Civil Veterinary Dept. North-West Frontier Province 1901-22 - 1901-1922
Year: 1901
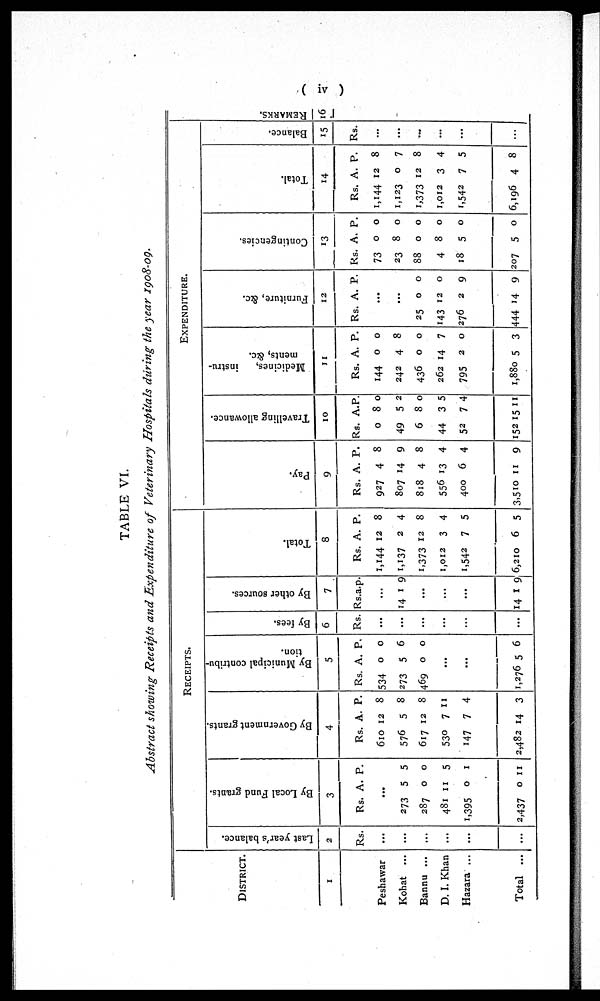
( iv )
TABLE VI.
Abstract showing Receipts and Expenditure of Veterinary Hospitals during the year 1908-09.
DISTRICT.
1
Peshawar
Kohat ...
Bannu ...
D. I. Khan
Hazara ...
Total ...
RECEIPTS
Last year's balance.
2
Rs.
...
...
...
...
...
...
By Local Fund
grants.
3
Rs.
273
287
481
1,395
2,437
A.
...
5
0
11
0
0
P.
5
0
5
1
11
By Gove r
nment grants.
4
Rs.
610
576
617
530
147
2,482
A.
12
5
12
7
7
14
P.
8
8
8
11
4
3
By Muni ci pal contribu-
tion.
5
Rs.
534
273
469
1,276
A.
0
5
0
...
...
5
P.
0
6
0
6
By fees.
6
Rs.
...
...
...
...
...
...
By other s our ces .
7
Rs.
14
14
a.
...
1
...
...
...
1
p.
9
9
Tot al .
8
Rs.
1,144
1,137
1,373
1,012
1,542
6,210
A.
12
2
12
3
7
6
P.
8
4
8
4
5
5
EXPENDITURE
Pay.
9
Rs.
927
807
818
556
400
3,510
A.
4
14
4
13
6
11
P.
8
9
8
4
4
9
Tr avel l
i
ng allowance.
10
Rs.
0
49
6
44
52
152
A.
8
5
8
3
7
15
P.
0
2
0
5
4
11
Me di c i
ne s , i nst r u-
ments, &c.
11
Rs.
144
242
436
262
795
1,880
A.
0
4
0
14
2
5
P.
0
8
0
7
0
3
Fur ni t
ur e, &c.
12
Rs.
25
143
276
444
A.
...
...
0
12
2
14
P.
0
0
9
9
Cont i
nge nc i
e s .
13
Rs.
73
23
88
4
18
207
A.
0
8
0
8
5
5
P.
0
0
0
0
0
0
Tot al .
14
Rs.
1,144
1,123
1,373
1,012
1,542
6,196
A.
12
0
12
3
7
4
P.
8
7
8
4
5
8
Balance.
15
Rs.
...
...
...
...
...
...
REMARKS .
16